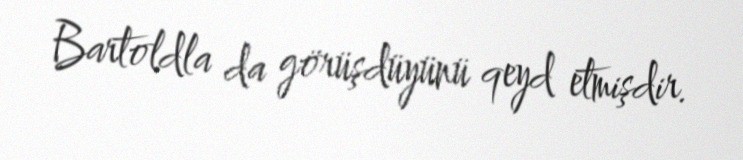
Bartoldla da görüşdüyünü qeyd etmişdir.